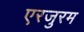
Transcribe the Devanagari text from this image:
एरजुरम